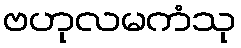
ဗဟုလမကံသု